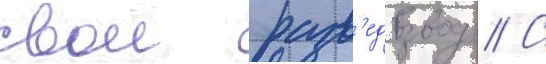
свои разв'едвзвод // С